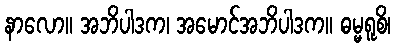
နာလော။ အဘိပါဒက၊ အမောင်အဘိပါဒက။ ဓမ္မရူစိ၊